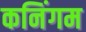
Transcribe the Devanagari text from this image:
कनिंगम